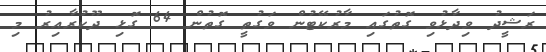
ރަޝީދު ވިދާޅުވި ގޮތުގައި މާރުކޭޓުން ވަގުތީ ގޮތުން 64 ގޮޅި ދޫކުރާއިރު މި